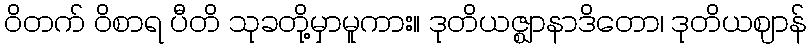
ဝိတက် ဝိစာရ ပီတိ သုခတို့မှာမူကား။ ဒုတိယဇ္ဈာနာဒိတော၊ ဒုတိယဈာန်